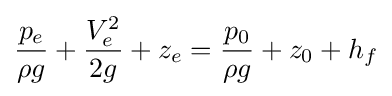
{\frac {p_{e}}{\rho g}}+{\frac {V_{e}^{2}}{2g}}+z_{e}={\frac {p_{0}}{\rho g}}+z_{0}+h_{f}